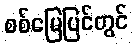
စစ်မြေပြင်တွင်